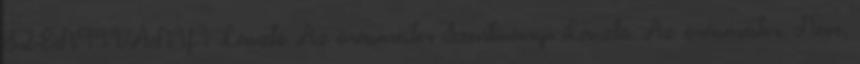
SZENTIVÁNYI László Az órásmester Szentiványi László. Az órásmester. Neve,